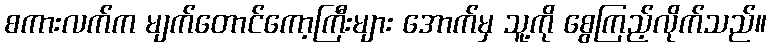
စကားလက်က မျက်တောင်ကော့ကြီးများ အောက်မှ သူ့ကို စွေကြည့်လိုက်သည်။